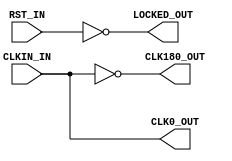
module x_s3e_dcm (
	input  wire CLKIN_IN,		 // 
	input  wire RST_IN,			 // 
	output wire CLK0_OUT,		 // 0
	output wire CLK180_OUT,		 // 180
	output wire LOCKED_OUT		 // 
);

	/**********  **********/
	assign CLK0_OUT	  = CLKIN_IN;
	assign CLK180_OUT = ~CLKIN_IN;
	assign LOCKED_OUT = ~RST_IN;
   
endmodule